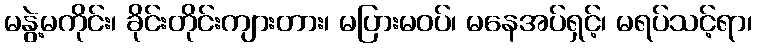
မနွဲ့မကိုင်း၊ ခိုင်းတိုင်းကျားတား၊ မပြားမဝပ်၊ မနေအပ်ရှင့်၊ မရပ်သင့်ရာ၊